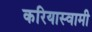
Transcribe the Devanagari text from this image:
करियास्वामी